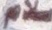
سلام